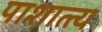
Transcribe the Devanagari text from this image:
पाशात्त्य